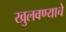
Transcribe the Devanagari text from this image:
खुलवण्याचे